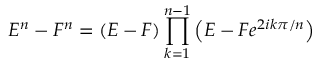
E ^ { n } - F ^ { n } = ( E - F ) \prod _ { k = 1 } ^ { n - 1 } \left( E - F e ^ { 2 i k \pi / n } \right)